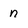
Character: n